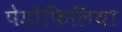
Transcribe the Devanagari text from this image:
पेडोफिलिया